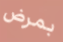
بمرض